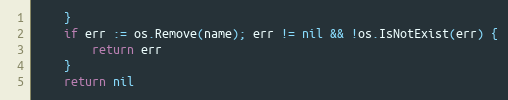
Language: Go
	}
	if err := os.Remove(name); err != nil && !os.IsNotExist(err) {
		return err
	}
	return nil